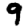
Digit: 9